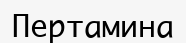
Пертамина